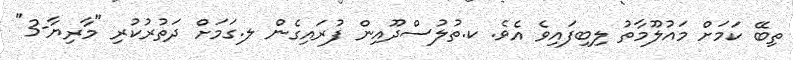
ތިބޭ ކަމަށް މައުލޫމާތު ލިބިފައިވެ އެވެ. ކ.ތުލުސްދޫއިން ފުރައިގެން ލ.ގަމަށް ދަތުރުކުރި "މާރިޔާ-3"